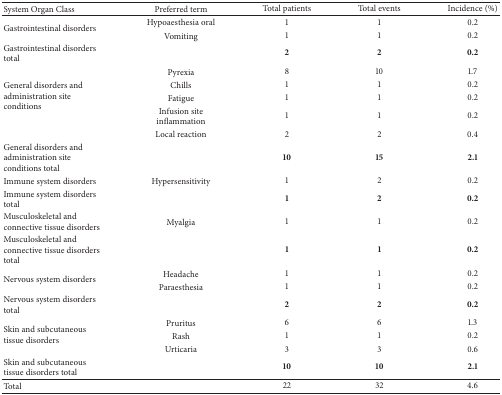
| System Organ Class | Preferred term | Total patients | Total events | Incidence (%) |
 | --- | --- | --- | --- | --- |
 | <ROWSPAN=2> Gastrointestinal disorders | Hypoaesthesia oral | 1 | 1 | 0.2 |
 | Vomiting | 1 | 1 | 0.2 |
 | Gastrointestinal disorders total |  | 2 | 2 | 0.2 |
 | <ROWSPAN=5> General disorders and administration site conditions | Pyrexia | 8 | 10 | 1.7 |
 | Chills | 1 | 1 | 0.2 |
 | Fatigue | 1 | 1 | 0.2 |
 | Infusion site inflammation | 1 | 1 | 0.2 |
 | Local reaction | 2 | 2 | 0.4 |
 | General disorders and administration site conditions total |  | 10 | 15 | 2.1 |
 | Immune system disorders | Hypersensitivity | 1 | 2 | 0.2 |
 | Immune system disorders total |  | 1 | 2 | 0.2 |
 | Musculoskeletal and connective tissue disorders | Myalgia | 1 | 1 | 0.2 |
 | Musculoskeletal and connective tissue disorders total |  | 1 | 1 | 0.2 |
 | <ROWSPAN=2> Nervous system disorders | Headache | 1 | 1 | 0.2 |
 | Paraesthesia | 1 | 1 | 0.2 |
 | Nervous system disorders total |  | 2 | 2 | 0.2 |
 | <ROWSPAN=3> Skin and subcutaneous tissue disorders | Pruritus | 6 | 6 | 1.3 |
 | Rash | 1 | 1 | 0.2 |
 | Urticaria | 3 | 3 | 0.6 |
 | Skin and subcutaneous tissue disorders total |  | 10 | 10 | 2.1 |
 | Total |  | 22 | 32 | 4.6 |